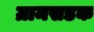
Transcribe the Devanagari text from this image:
ग्रामसडक